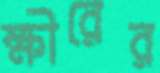
ক্ষীরের